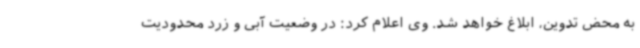
به محض تدوین، ابلاغ خواهد شد. وی اعلام کرد: در وضعیت آبی و زرد محدودیت